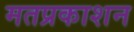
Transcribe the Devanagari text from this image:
मतप्रकाशन